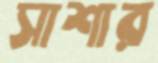
সাশার